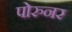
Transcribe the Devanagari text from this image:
पोरुनर